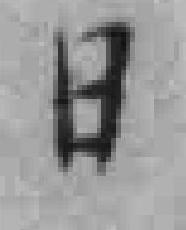
日